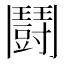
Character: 鬪